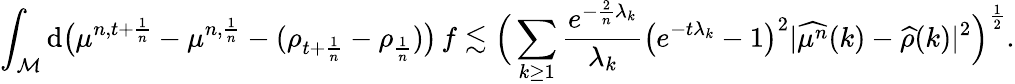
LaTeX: \int_{\mathcal{M}}\mathrm{d}\big(\mu^{n,t+\frac{1}{n}}-\mu^{n,\frac{1}{n}}-(\rho_{t+\frac{1}{n}}-\rho_{\frac{1}{n}})\big)\, f\lesssim\Big(\sum_{k\geq 1}\frac{e^{-\frac{2}{n}\lambda_{k}}}{\lambda_{k}}\big(e^{-t\lambda_{k}}-1\big)^{2}\vert\widehat{\mu^{n}}(k)-\widehat{\rho}(k)\vert^{2}\Big)^{\frac{1}{2}}.